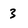
Character: 3